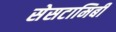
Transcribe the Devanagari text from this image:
सेसटामिबी